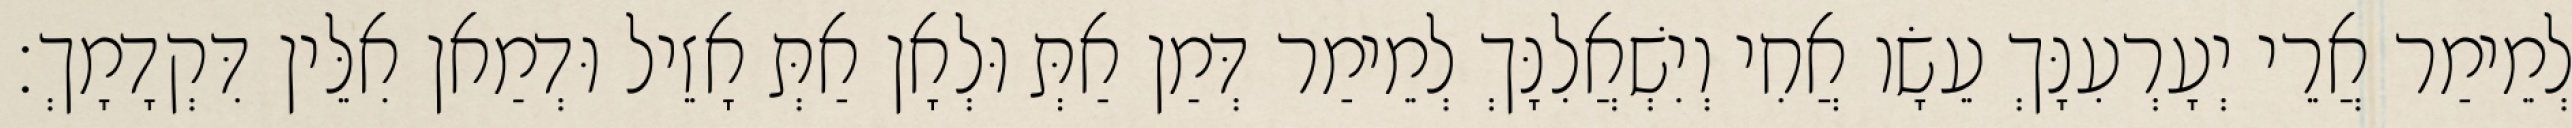
לְמֵימַר אֲרֵי יְעָרְעִנָּךְ עֵשָׂו אֲחִי וְיִשְׁאֲלִנָּךְ לְמֵימַר דְּמַן אַתְּ וּלְאָן אַתְּ אָזֵיל וּדְמַאן אִלֵּין דִּקְדָמָךְ׃